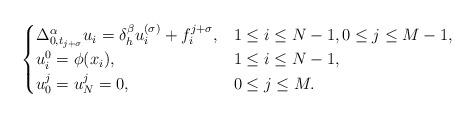
LaTeX: \begin{align*}\begin{cases}\Delta^{\alpha}_{0,t_{j + \sigma}}u_i = \delta^{\beta}_{h}u^{(\sigma)}_i + f^{j + \sigma}_i, &1\leq i \leq N - 1,0\leq j \leq M - 1,\\u^{0}_i = \phi(x_i), & 1\leq i \leq N - 1, \\u^{j}_0 = u^{j}_N = 0, & 0 \leq j \leq M.\end{cases}\end{align*}